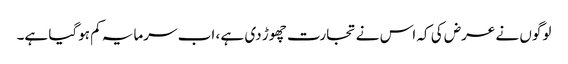
لوگوں نے عرض کی کہ اس نے تجارت چھوڑ دی ہے ، اب سرمایہ کم ہوگیا ہے۔